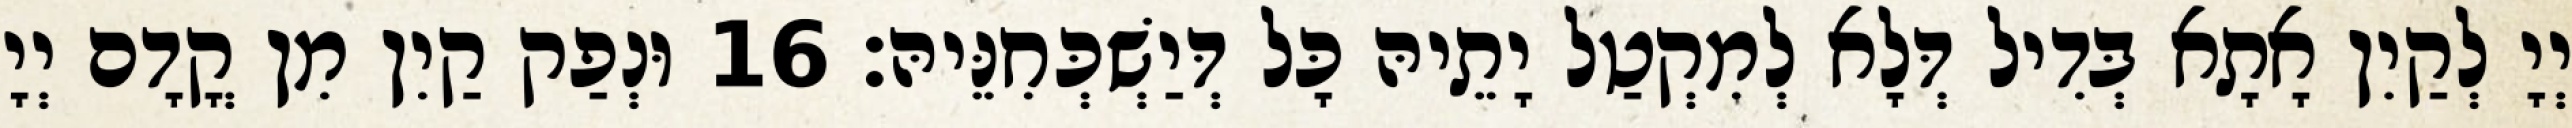
יְיָ לְקַיִן אָתָא בְּדִיל דְּלָא לְמִקְטַל יָתֵיהּ כָּל דְּיַשְׁכְּחִנֵּיהּ׃ 16 וּנְפַק קַיִן מִן קֳדָם יְיָ